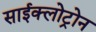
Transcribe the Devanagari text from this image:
साईक्लोट्रोन